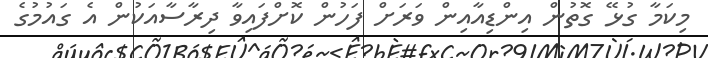
މިކަމާ ގުޅޭ ގޮތުން އިންޑިއާއިން ވަރަށް ފަހުން ކޮށްފައިވާ ދިރާސާއަކުން އެ ގައުމުގެ